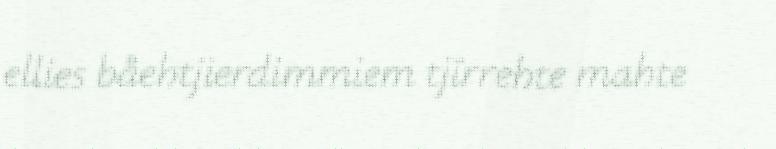
ellies båehtjierdimmiem tjïrrehte mahte